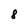
Character: 8